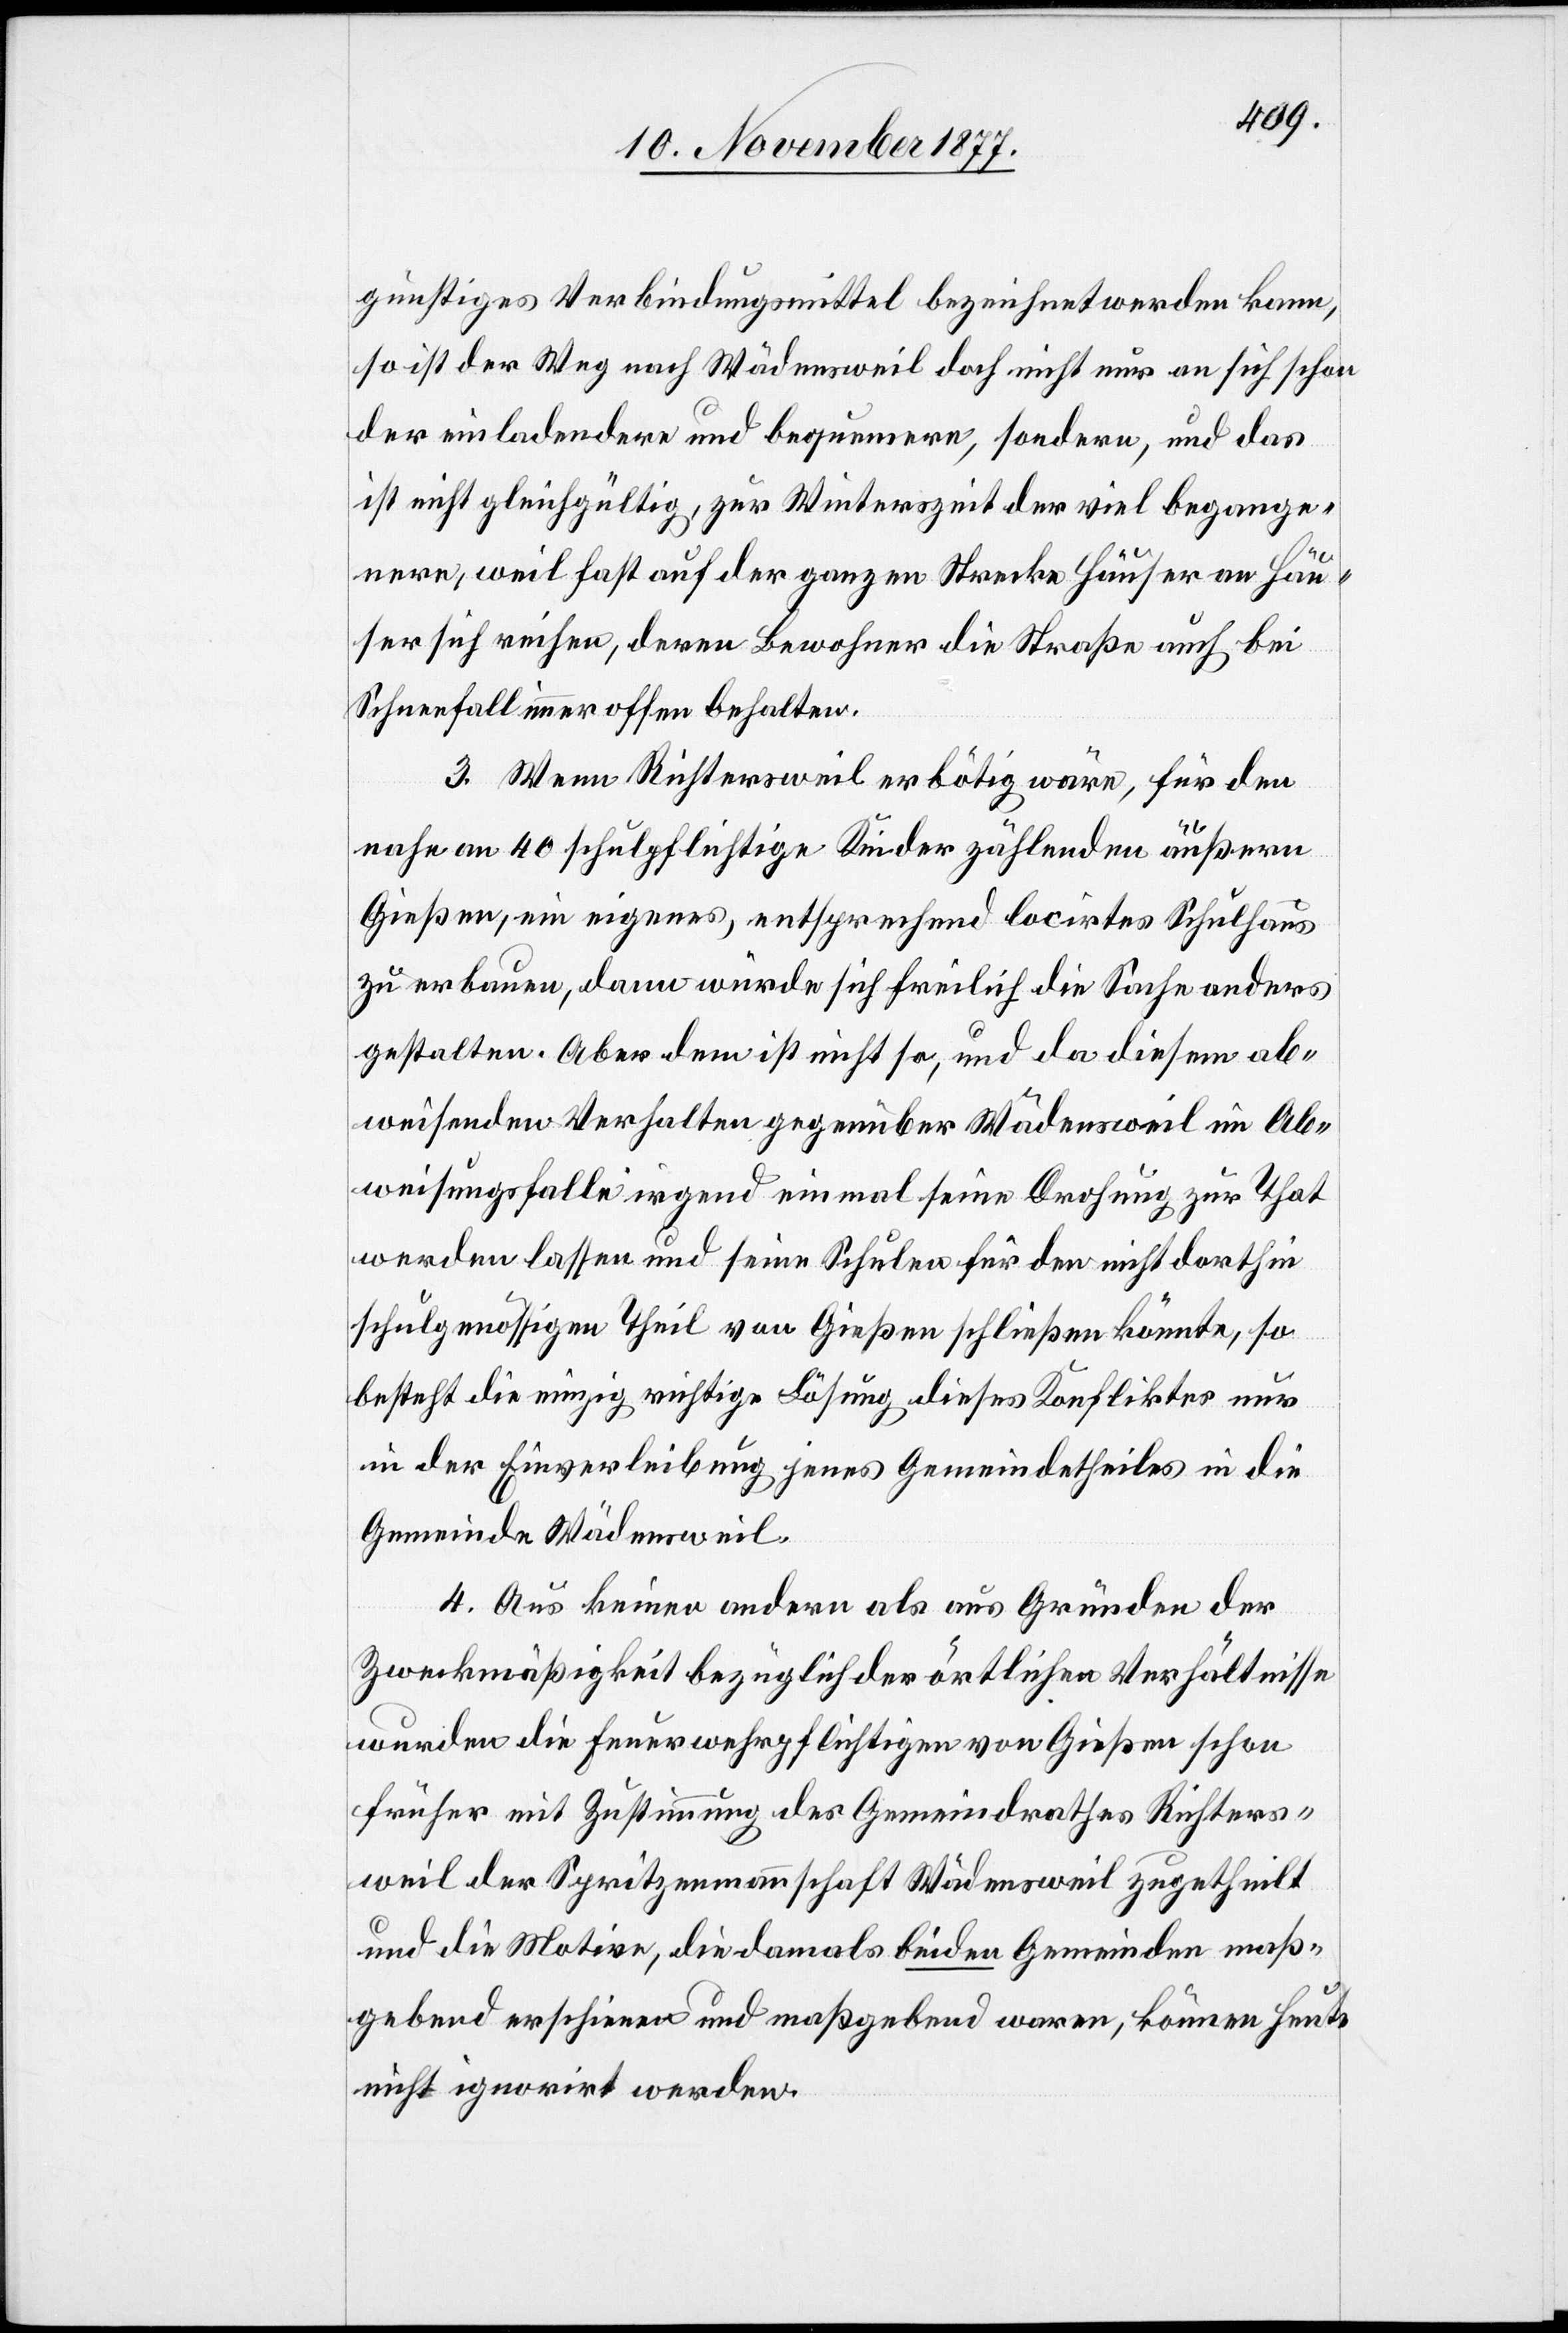
günstiges Verbindungsmittel bezeichnet werden kann,
so ist der Weg nach Wädensweil doch nicht nur an sich schon
der einladendere und bequemere, sondern, und das
ist nicht gleichgültig, zur Winterszeit der viel begange¬
nere, weil fast auf der ganzen Strecke Häuser an Häu¬
ser sich reihen, deren Bewohner die Straße auch bei
Schneefall immer offen behalten.
3. Wenn Richtersweil erbötig wäre, für den
nahe an 40 schulpflichtige Kinder zählenden äußern
Gießen, ein eigenes, entsprechend locirtes Schulhaus
zu erbauen, dann würde sich freilich die Sache anders
gestalten. Aber dem ist nicht so, und da diesem ab¬
weisenden Verhalten gegenüber Wädensweil im Ab¬
weisungsfalle irgend einmal seine Drohung zur That
werden lassen und seine Schulen für den nicht dorthin
schulgenössigen Theil von Gießen schließen könnte, so
besteht die einzig richtige Lösung dieses Konfliktes nur
in der Einverleibung jenes Gemeindetheiles in die
Gemeinde Wädensweil.
4. Aus keinen andern als aus Gründen der
Zweckmäßigkeit bezüglich der örtlichen Verhältnisse
wurden die Feuerwehrpflichtigen von Gießen schon
früher mit Zustimmung des Gemeindrathes Richters¬
weil der Spritzenmannschaft Wädensweil zugetheilt
und die Motive, die damals beiden Gemeinden maß¬
gebend erschienen und maßgebend waren, können heute
nicht ignorirt werden.